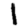
Digit: 1